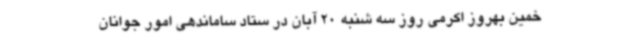
خمین بهروز اکرمی روز سه شنبه 20 آبان در ستاد ساماندهی امور جوانان